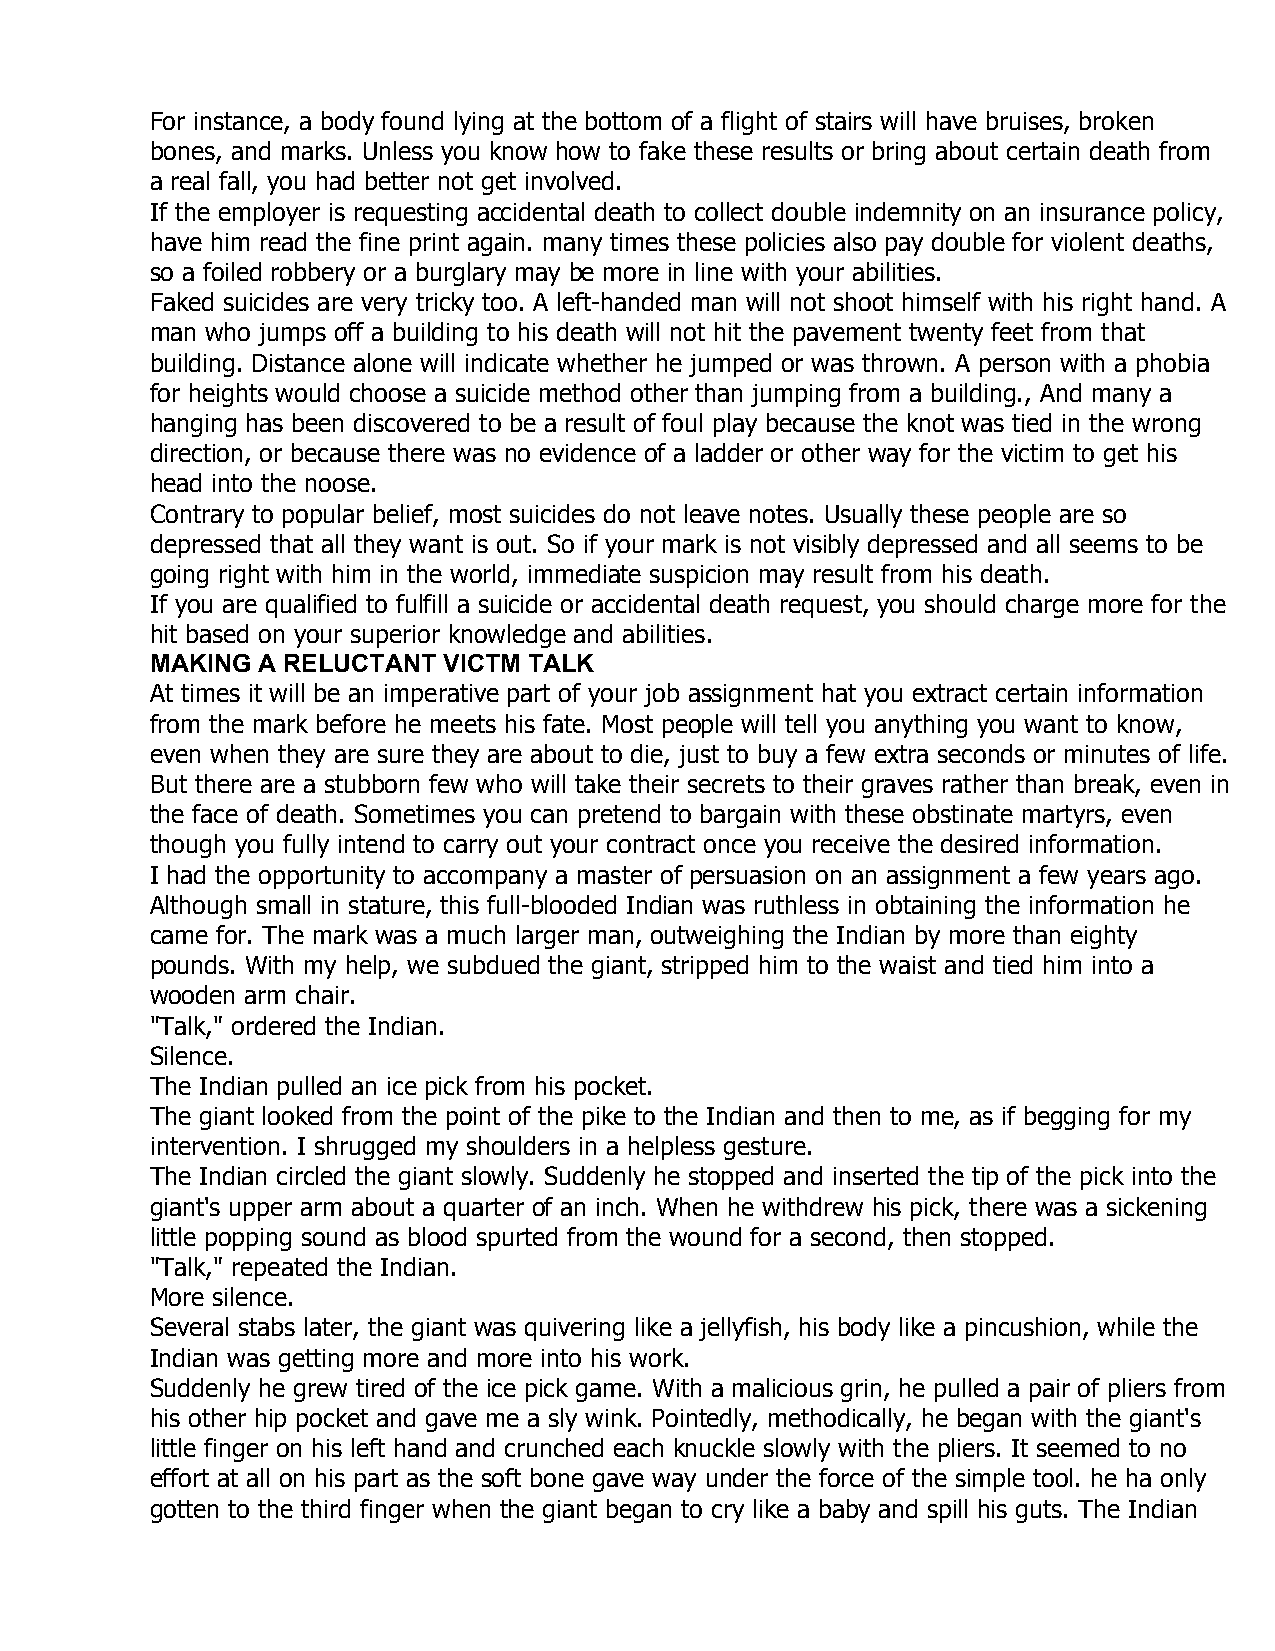
For instance, a body found lying at the bottom of a flight of stairs will have bruises, broken
 bones, and marks. Unless you know how to fake these results or bring about certain death from
 a real fall, you had better not get involved.
 If the employer is requesting accidental death to collect double indemnity on an insurance policy,
 have him read the fine print again. many times these policies also pay double for violent deaths,
 so a foiled robbery or a burglary may be more in line with your abilities.
 Faked suicides are very tricky too. A left-handed man will not shoot himself with his right hand. A
 man who jumps off a building to his death will not hit the pavement twenty feet from that
 building. Distance alone will indicate whether he jumped or was thrown. A person with a phobia
 for heights would choose a suicide method other than jumping from a building., And many a
 hanging has been discovered to be a result of foul play because the knot was tied in the wrong
 direction, or because there was no evidence of a ladder or other way for the victim to get his
 head into the noose.
 Contrary to popular belief, most suicides do not leave notes. Usually these people are so
 depressed that all they want is out. So if your mark is not visibly depressed and all seems to be
 going right with him in the world, immediate suspicion may result from his death.
 If you are qualified to fulfill a suicide or accidental death request, you should charge more for the
 hit based on your superior knowledge and abilities.
 MAKING A RELUCTANT VICTM TALK
 At times it will be an imperative part of your job assignment hat you extract certain information
 from the mark before he meets his fate. Most people will tell you anything you want to know,
 even when they are sure they are about to die, just to buy a few extra seconds or minutes of life.
 But there are a stubborn few who will take their secrets to their graves rather than break, even in
 the face of death. Sometimes you can pretend to bargain with these obstinate martyrs, even
 though you fully intend to carry out your contract once you receive the desired information.
 I had the opportunity to accompany a master of persuasion on an assignment a few years ago.
 Although small in stature, this full-blooded Indian was ruthless in obtaining the information he
 came for. The mark was a much larger man, outweighing the Indian by more than eighty
 pounds. With my help, we subdued the giant, stripped him to the waist and tied him into a
 wooden arm chair.
 "Talk," ordered the Indian.
 Silence.
 The Indian pulled an ice pick from his pocket.
 The giant looked from the point of the pike to the Indian and then to me, as if begging for my
 intervention. I shrugged my shoulders in a helpless gesture.
 The Indian circled the giant slowly. Suddenly he stopped and inserted the tip of the pick into the
 giant's upper arm about a quarter of an inch. When he withdrew his pick, there was a sickening
 little popping sound as blood spurted from the wound for a second, then stopped.
 "Talk," repeated the Indian.
 More silence.
 Several stabs later, the giant was quivering like a jellyfish, his body like a pincushion, while the
 Indian was getting more and more into his work.
 Suddenly he grew tired of the ice pick game. With a malicious grin, he pulled a pair of pliers from
 his other hip pocket and gave me a sly wink. Pointedly, methodically, he began with the giant's
 little finger on his left hand and crunched each knuckle slowly with the pliers. It seemed to no
 effort at all on his part as the soft bone gave way under the force of the simple tool. he ha only
 gotten to the third finger when the giant began to cry like a baby and spill his guts. The Indian